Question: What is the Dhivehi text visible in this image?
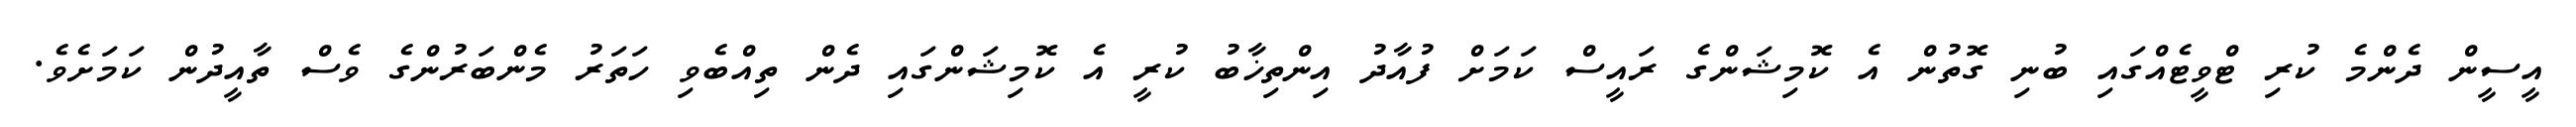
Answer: އީސީން ދެންމެ ކުރި ޓްވީޓެއްގައި ބުނި ގޮތުން އެ ކޮމިޝަންގެ ރައީސް ކަމަށް ފުއާދު އިންތިޚާބު ކުރީ އެ ކޮމިޝަންގައި ދެން ތިއްބެވި ހަތަރު މެންބަރުންގެ ވެސް ތާއީދުން ކަމަށެވެ.